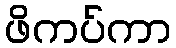
ဖိကပ်ကာ